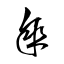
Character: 傘